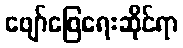
ဖျော်ဖြေရေးဆိုင်ရာ